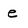
Character: e